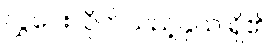
လွှဲပေးလိုက်သည့်နှယ် ရှိ၏။